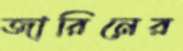
জারিনের